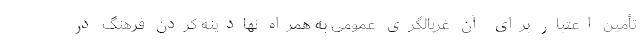
تأمین اعتبار برای آن غربالگری عمومی به همراه نهادینه کردن فرهنگ در